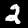
Digit: 2